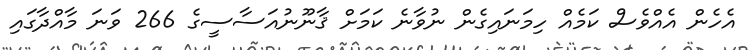
އެހެން އެއްވެސް ކަމެއް ހިމަނައިގެން ނުވާނެ ކަމަށް ޤާނޫނުއަސާސީގެ 266 ވަނަ މާއްދާގައި